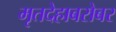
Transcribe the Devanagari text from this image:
मृतदेहाबरोबर